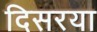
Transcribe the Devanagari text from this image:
दिसरया